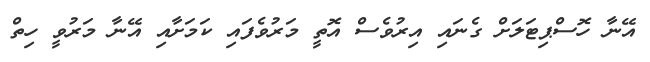
އޭނާ ހޮސްޕިޓަލަށް ގެނައި އިރުވެސް އޮތީ މަރުވެފައި ކަމަށާއި އޭނާ މަރުވީ ހިތް